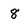
Character: 8